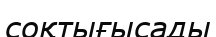
соқтығысады